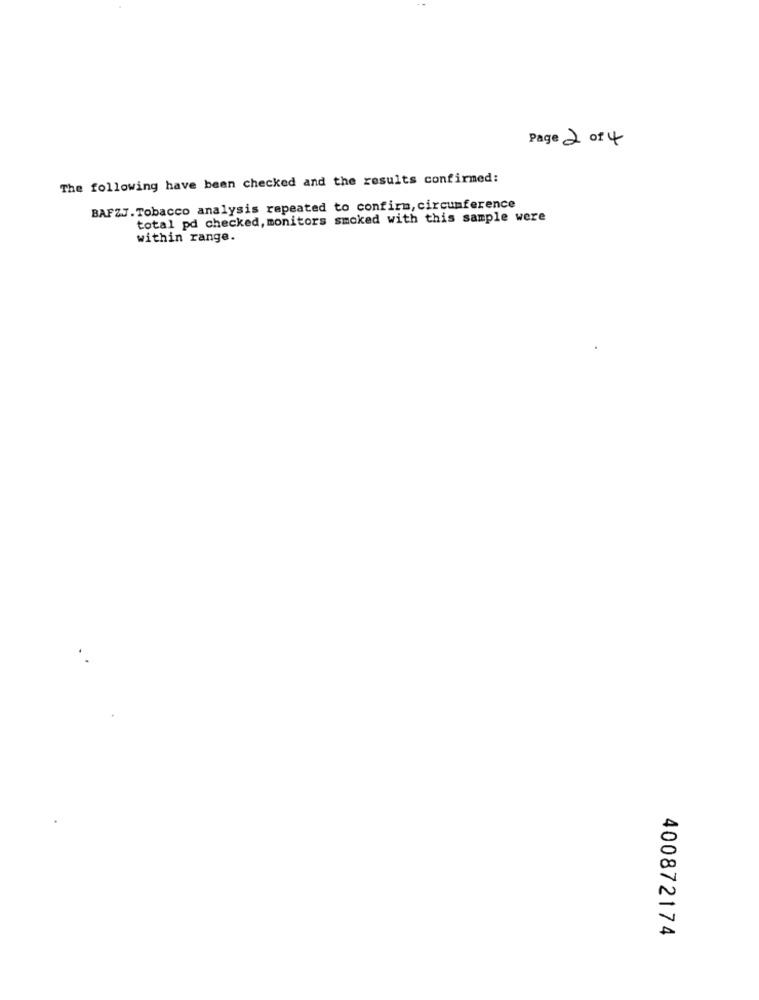
Page 2 of 4
The following have been checked and the results confirmed:
BAFZJ.Tobacco analysis repeated to confirm, circumference
total pd checked, monitors smoked with this sample were
within range.
400872174